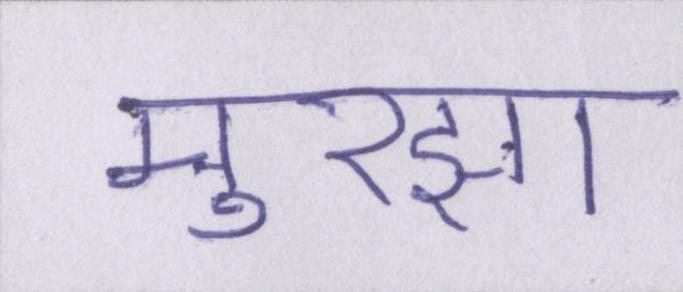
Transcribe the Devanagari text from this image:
मुरझा